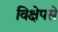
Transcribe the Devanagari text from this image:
विक्षेपसे